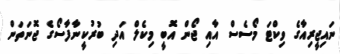
ނައިޖީރިއާގެ ވިކްޓަ މޯސެސް އާއި ޖޯން އޮބީ މިކެލް އަދި ބުރުކީނާފާސޯގެ ޖޮނަތަންް